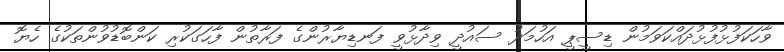
ވާހަކަފުޅުފުޅުދައްކަވަމުން ޑިސީޕީ އަހުމަދު ސައުދީ ވިދާޅުވީ ފަނޑިޔާރުންގެ ފަރާތުން ފާހަގަކުރި ކަންބޮޑުވުންތަކުގެ ހެޔޮ